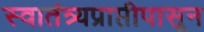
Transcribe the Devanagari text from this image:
स्वातंत्र्यप्राप्तीपासून